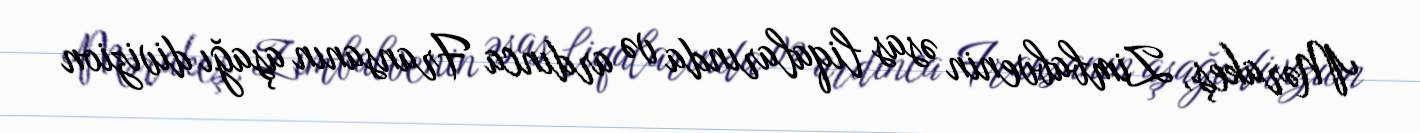
Mərakeş, Zimbabvenin əsas liqalarında və ardınca Fransanın aşağı divizion